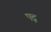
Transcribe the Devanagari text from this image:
एटू